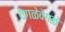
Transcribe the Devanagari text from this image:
वेगळेवेगळे